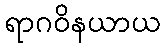
ရာဂဝိနယာယ